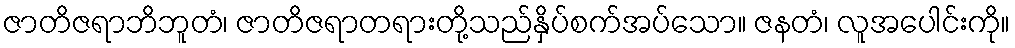
ဇာတိဇရာဘိဘူတံ၊ ဇာတိဇရာတရားတို့သည်နှိပ်စက်အပ်သော။ ဇနတံ၊ လူအပေါင်းကို။